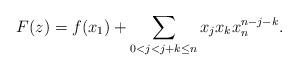
LaTeX: \begin{align*}F(z)=f(x_1)+\sum_{0<j<j+k\leq n}x_jx_kx_n^{n-j-k}.\end{align*}